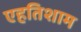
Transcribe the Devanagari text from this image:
एहतिशाम